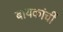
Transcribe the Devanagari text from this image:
बायकांचीं